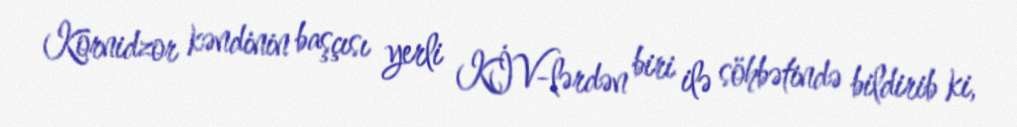
Kornidzor kəndinin başçısı yerli KİV-lərdən biri ilə söhbətində bildirib ki,